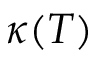
\kappa ( T )